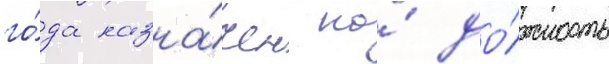
го́да назна́чен на́ до́лжность